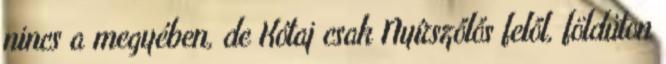
nincs a megyében, de Kótaj csak Nyírszőlős felől, földúton